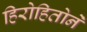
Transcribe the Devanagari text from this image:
हिरोहितोने